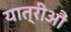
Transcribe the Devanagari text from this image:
यात्रीऔं